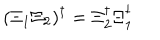
( \Xi _ { 1 } \Xi _ { 2 } ) ^ { \dagger } = \Xi _ { 2 } ^ { \dagger } \Xi _ { 1 } ^ { \dagger }